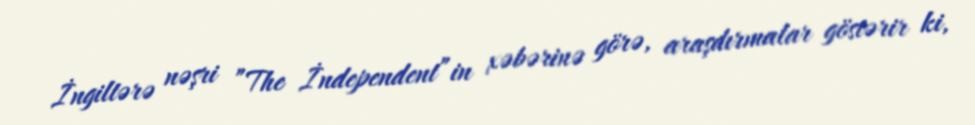
İngiltərə nəşri ”The İndependent”in xəbərinə görə, araşdırmalar göstərir ki,